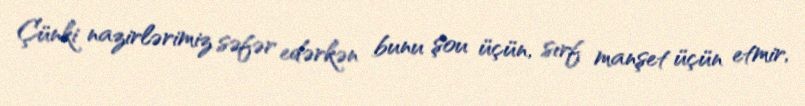
Çünki nazirlərimiz səfər edərkən bunu şou üçün, sırf manşet üçün etmir,